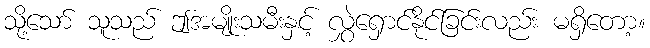
သို့သော် သူသည် ဤအမျိုးသမီးနှင့် လွှဲရှောင်နိုင်ခြင်းလည်း မရှိတော့။